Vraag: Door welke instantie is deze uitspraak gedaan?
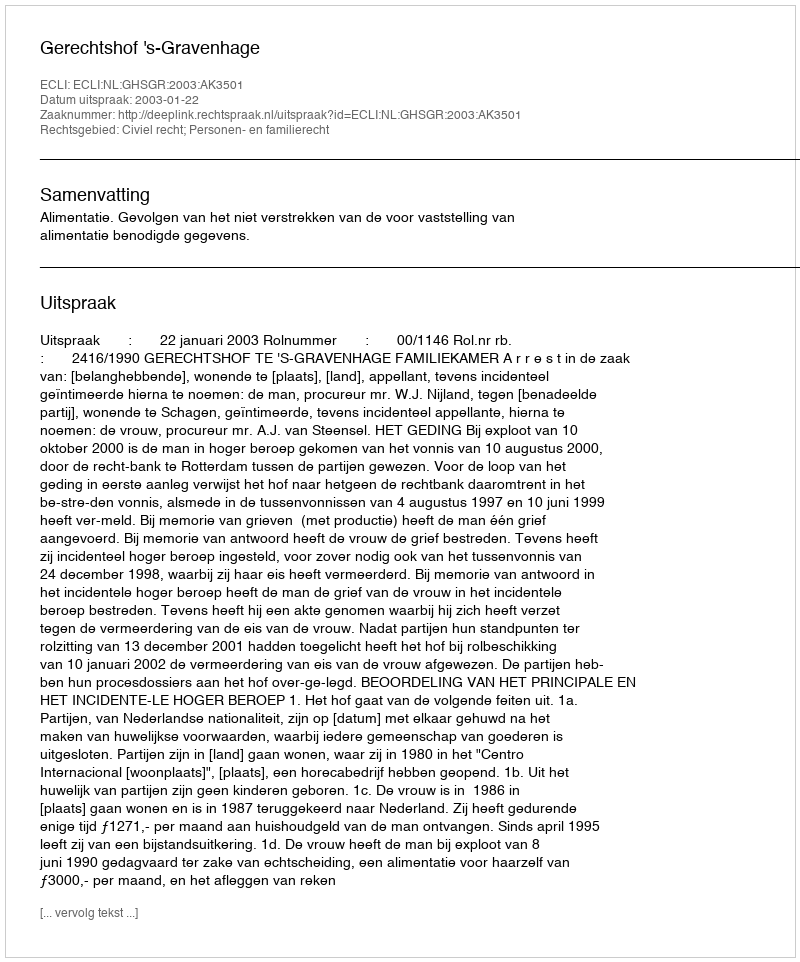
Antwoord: Gerechtshof 's-Gravenhage